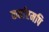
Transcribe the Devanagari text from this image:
कर्तारमपि